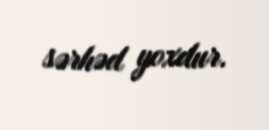
sərhəd yoxdur.